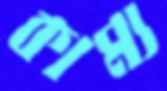
কাম্য